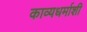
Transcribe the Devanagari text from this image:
काव्यधर्माशी